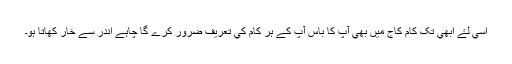
اسي لۓ ابھي تک کام کاج ميں بھي آپ کا باس آپ کے ہر کام کي تعريف ضرور کرے گا چاہے اندر سے خار کھاتا ہو۔